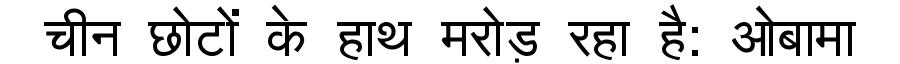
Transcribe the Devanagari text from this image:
चीन छोटों के हाथ मरोड़ रहा है: ओबामा